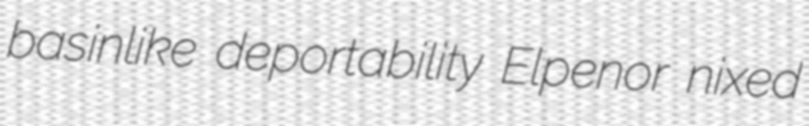
basinlike deportability Elpenor nixed